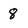
Character: 8